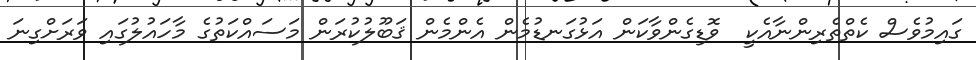
ގައިމުވެސް ކެތްތެރިންނާއެކީ  ވޮޑިގެންވާކަން އަޅުގަނޑުމެން އެންމެން ޤަބޫލުކުރަން މަސައްކަތުގެ މާހައުލުގައި ވަރަށްގިނަ